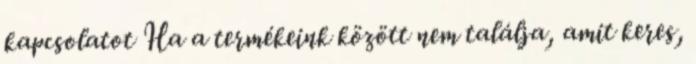
kapcsolatot Ha a termékeink között nem találja, amit keres,